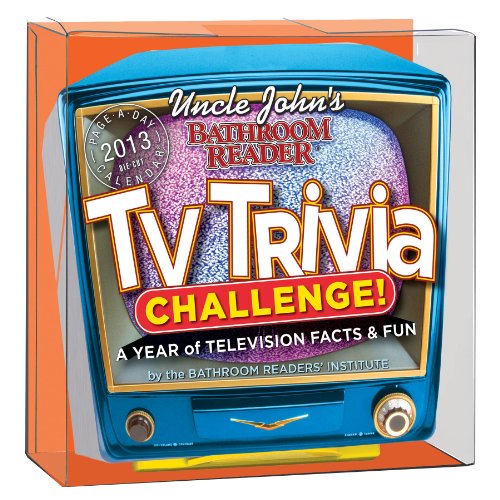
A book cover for Uncle John's TV Trivia Challenge! 2013 Calendar; The Bathroom Readers' Institute; Calendars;